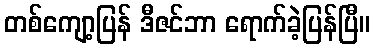
တစ်ကျော့ပြန် ဒီဇင်ဘာ ရောက်ခဲ့ပြန်ပြီ။